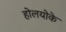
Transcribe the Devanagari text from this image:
होलयोके